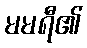
မမရီ၏